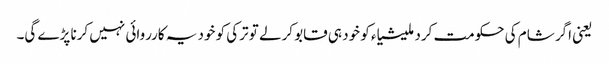
یعنی اگر شام کی حکومت کرد ملیشیاء کو خود ہی قابو کرلے تو ترکی کو خود یہ کارروائی نہیں کرنا پڑے گی۔